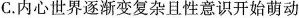
C.内心世界逐渐变复杂且性意识开始萌动